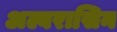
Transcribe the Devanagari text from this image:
अल्बरासिन